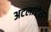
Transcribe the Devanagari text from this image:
अटलांटेस